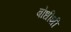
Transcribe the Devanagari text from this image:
बोधीशी